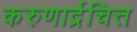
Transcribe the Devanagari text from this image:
करुणार्द्रचित्त